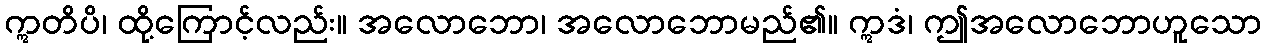
ဣတိပိ၊ ထို့ကြောင့်လည်း။ အလောဘော၊ အလောဘောမည်၏။ ဣဒံ၊ ဤအလောဘောဟူသော